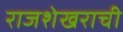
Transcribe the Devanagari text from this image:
राजशेखराची